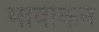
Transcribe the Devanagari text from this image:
भावांकन